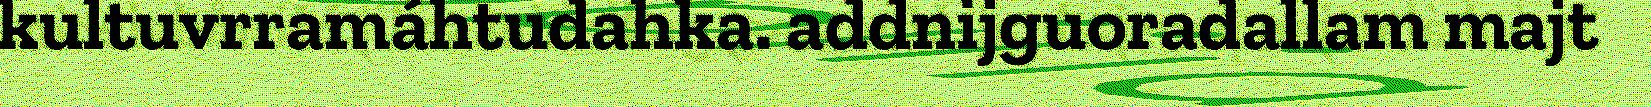
kultuvrramáhtudahka. addnijguoradallam majt